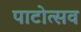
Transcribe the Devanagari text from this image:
पाटोत्सव